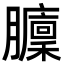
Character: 𦢵